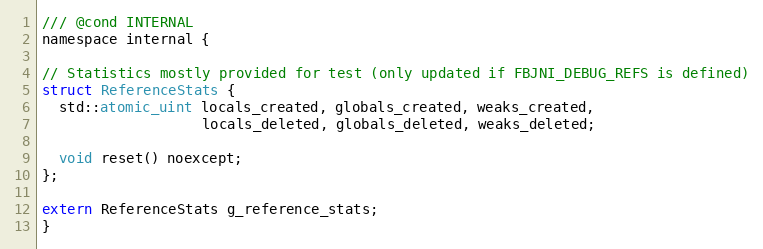
Language: C
/// @cond INTERNAL
namespace internal {

// Statistics mostly provided for test (only updated if FBJNI_DEBUG_REFS is defined)
struct ReferenceStats {
  std::atomic_uint locals_created, globals_created, weaks_created,
                   locals_deleted, globals_deleted, weaks_deleted;

  void reset() noexcept;
};

extern ReferenceStats g_reference_stats;
}